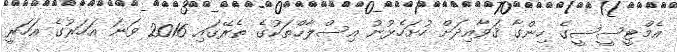
އެމްޓީސީސީގެ ހިންގާ ޤަވާއިދަށް ހުށަހެޅުނު އިސްލާޙްތަކުގެ ތެރޭގައި 2016 ވަނަ އަހަރުގެ އަހަރީ